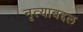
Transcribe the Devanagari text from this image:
नृत्याबद्दल